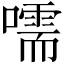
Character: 嚅